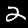
Digit: 2